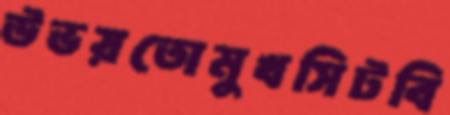
উভয়তোমুখসিটবি